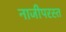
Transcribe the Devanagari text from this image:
नाजीपरस्त